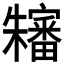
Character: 𱤴